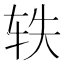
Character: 轶